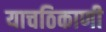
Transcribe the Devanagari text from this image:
याचठिकाणी